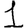
Digit: 1